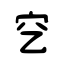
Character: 穵